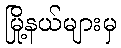
မြို့နယ်များမှ